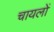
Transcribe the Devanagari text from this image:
चायलों